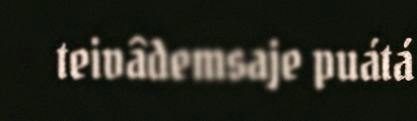
teivâdemsaje puátá